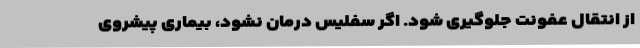
از انتقال عفونت جلوگیری شود. اگر سفلیس درمان نشود، بیماری پیشروی